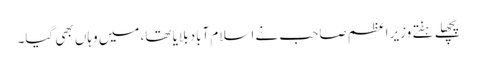
پچھلے ہفتے وزیر اعظم صاحب نے اسلام آباد بلایا تھا، میں وہاں بھی گیا۔